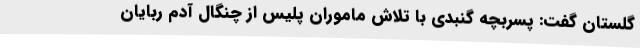
گلستان گفت: پسربچه گنبدی با تلاش ماموران پلیس از چنگال آدم ربایان